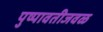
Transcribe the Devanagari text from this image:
पुष्पावतीजवळ